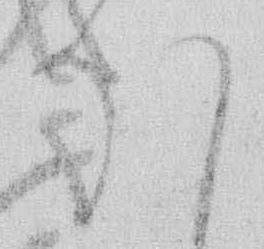
ほ